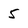
Character: 5